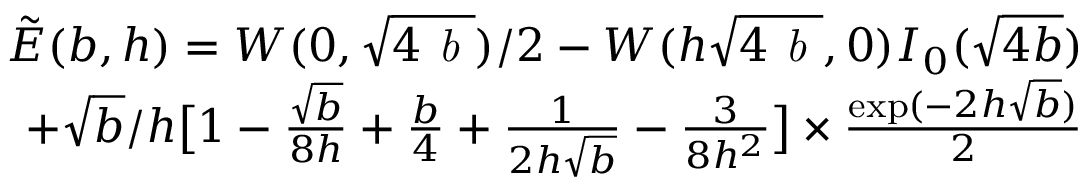
\begin{array} { r l r } & { } & { \tilde { E } ( b , h ) = W ( 0 , \sqrt { 4 \emph { b } } ) / 2 - W ( h \sqrt { 4 \emph { b } } , 0 ) I _ { 0 } ( \sqrt { 4 b } ) } \\ & { } & { + \sqrt { b } / h \big [ 1 - { \frac { \sqrt { b } } { 8 h } } + { \frac { b } { 4 } } + { \frac { 1 } { 2 h \sqrt { b } } } - { \frac { 3 } { 8 h ^ { 2 } } } \big ] \times { \frac { \exp ( - 2 h \sqrt { b } ) } { 2 } } } \end{array}